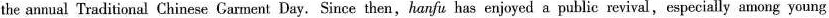
the annual Traditional Chinese Garment Day. Since then, hanfu has enjoyed a public revival, especially among young